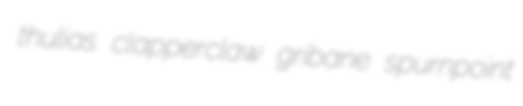
thulias clapperclaw gribane spurnpoint